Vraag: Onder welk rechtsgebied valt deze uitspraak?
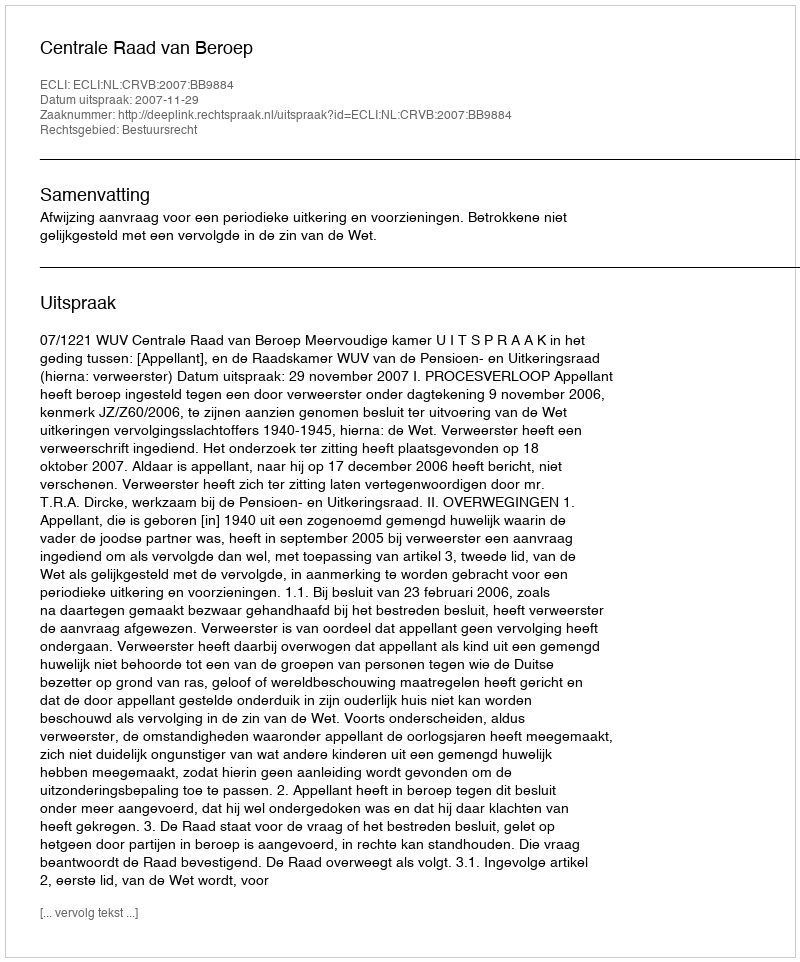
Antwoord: Bestuursrecht